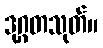
ဒုဂ္ဂတသုတ်။